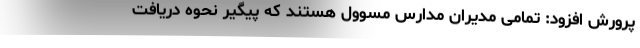
پرورش افزود: تمامی مدیران مدارس مسوول هستند که پیگیر نحوه دریافت